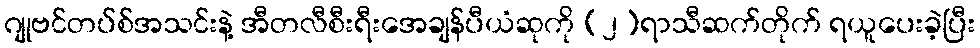
ဂျုဗင်တပ်စ်အသင်းနဲ့ အီတလီစီးရီးအေချန်ပီယံဆုကို (၂)ရာသီဆက်တိုက် ရယူပေးခဲ့ပြီး